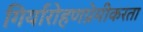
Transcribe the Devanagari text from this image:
गिर्यारोहणप्रेमीकरता